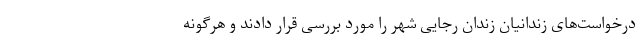
درخواست‌های زندانیان زندان رجایی شهر را مورد بررسی قرار دادند و هرگونه